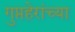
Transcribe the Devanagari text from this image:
गुप्तहेरांच्या